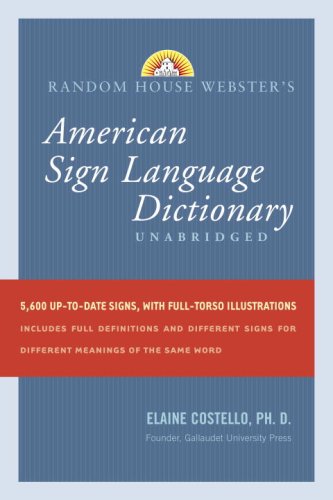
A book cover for Random House Webster's Unabridged American Sign Language Dictionary; Elaine Costello; Reference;